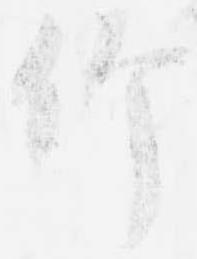
仰